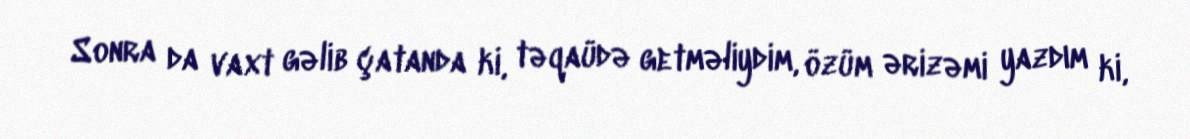
Sonra da vaxt gəlib çatanda ki, təqaüdə getməliydim, özüm ərizəmi yazdım ki,